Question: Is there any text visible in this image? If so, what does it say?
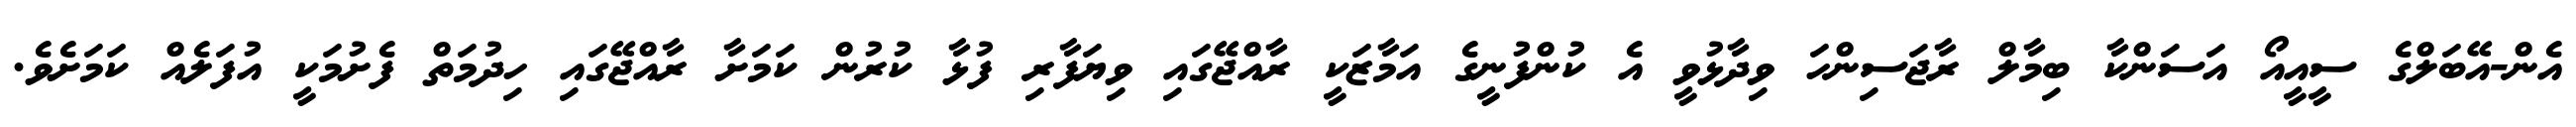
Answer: އެން-އޭބަލްގެ ސީއީއޯ އަސަންކާ ބިމާލް ރާޖަސިންހަ ވިދާޅުވީ އެ ކުންފުނީގެ އަމާޒަކީ ރާއްޖޭގައި ވިޔަފާރި ފުޅާ ކުރުން ކަމަށާ ރާއްޖޭގައި ހިދުމަތް ފެށުމަކީ އުފަލެއް ކަމަށެވެ.